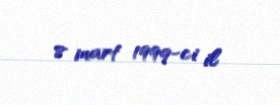
8 mart 1999-ci il